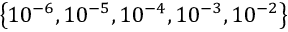
\left\{ 1 0 ^ { - 6 } , 1 0 ^ { - 5 } , 1 0 ^ { - 4 } , 1 0 ^ { - 3 } , 1 0 ^ { - 2 } \right\}